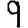
Digit: 9